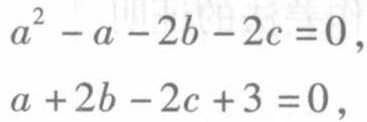
\[
\begin{align*}
a^{2}-a - 2b-2c&=0,\\
a + 2b-2c+3&=0,
\end{align*}
\]